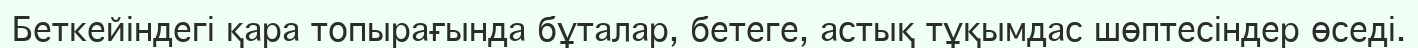
Беткейіндегі қара топырағында бұталар, бетеге, астық тұқымдас шөптесіндер өседі.